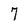
Character: 7